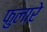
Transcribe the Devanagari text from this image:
फुलारे